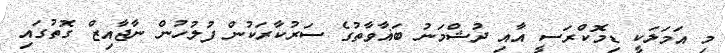
މި އަމަލަކީ ޑިމޮކްރަސީ އާއި ދުޝްމަނު ބަޣާވާތުގެ ސަރުކާރަކުން ފުލުހުން ނާޖާއިޒް ގޮތުގައި